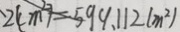
2 ( c m ^ { 2 } ) = 5 9 9 . 1 1 2 ( m ^ { 2 } )